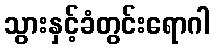
သွားနှင့်ခံတွင်းရောဂါ